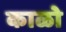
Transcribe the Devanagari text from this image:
काळो